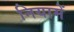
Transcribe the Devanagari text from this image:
नियामें